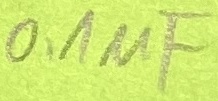
Text: 0,1µF